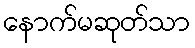
နောက်မဆုတ်သာ